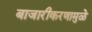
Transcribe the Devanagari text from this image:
बाजारीकरणामुळे